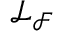
\mathcal L _ { \mathcal F }